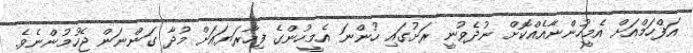
އަފްހަމްއަށް އެމީހުންނާއެއްކޮށް ނުދެވުނީ ރަށުގައި ހުންނަ އެމީހުންގެ ފިހާރަޔައަށް މުދާ ގަންނަން ޖެހުމުންނެވެ.